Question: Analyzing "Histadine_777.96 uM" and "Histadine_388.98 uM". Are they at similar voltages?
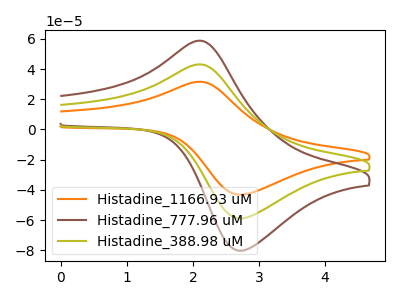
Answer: <think>The orange curve "Histadine_1166.93 uM" has an anodic peak at (2.05V, 86.00uA) and a cathodic peak at (2.75V, -117.50uA). The brown curve "Histadine_777.96 uM" has an anodic peak at (2.05V, 58.65uA) and a cathodic peak at (2.75V, -80.10uA). The olive curve "Histadine_388.98 uM" has an anodic peak at (2.05V, 43.00uA) and a cathodic peak at (2.75V, -58.75uA).
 All the peaks in "Histadine_777.96 uM" have a peak in "Histadine_388.98 uM" at the same potential. Every peak in "Histadine_777.96 uM" is higher than every peak in "Histadine_388.98 uM".</think>
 <answer>"Histadine_777.96 uM" and "Histadine_388.98 uM" are similar in shape.</answer>
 <eval>same_shape</eval>